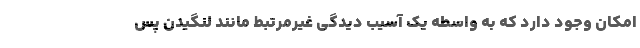
امکان وجود دارد که به واسطه یک آسیب دیدگی غیرمرتبط مانند لنگیدن پس